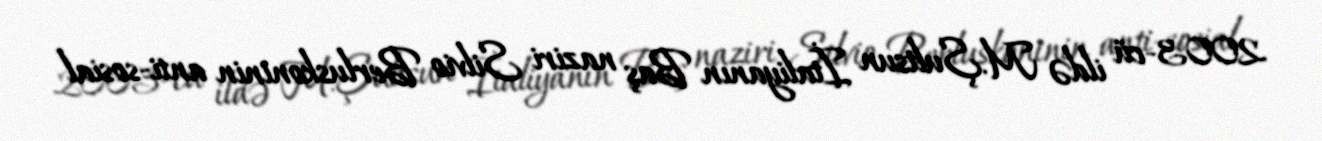
2003-cü ildə M.Şultsun İtaliyanın Baş naziri Silvio Berluskoninin anti-sosial